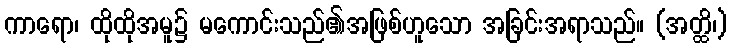
ကာရော၊ ထိုထိုအမူ၌ မကောင်းသည်၏အဖြစ်ဟူသော အခြင်းအရာသည်။ (အတ္ထိ၊)